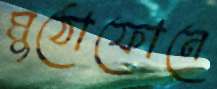
মুঠোফোনে